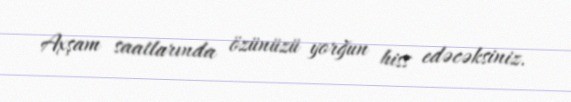
Axşam saatlarında özünüzü yorğun hiss edəcəksiniz.